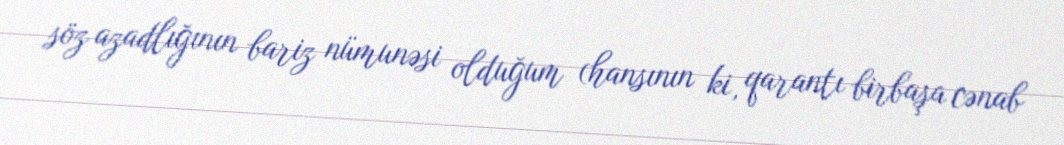
söz azadlığının bariz nümunəsi olduğum (hansının ki, qarantı birbaşa cənab